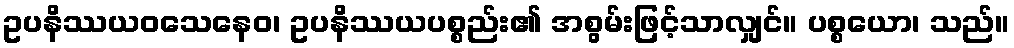
ဥပနိဿယဝသေနေဝ၊ ဥပနိဿယပစ္စည်း၏ အစွမ်းဖြင့်သာလျှင်။ ပစ္စယော၊ သည်။